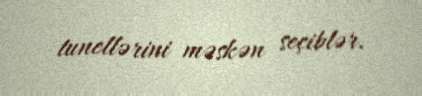
tunellərini məskən seçiblər.